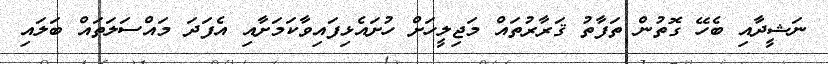
ނަޝީދާއި ބެހޭ ގޮތުން ތަފާތު ޤަރާރުތައް މަޖިލީހަށް ހުށައެޅިފައިވާކަމަށާއި އެފަދަ މައްސަލަތައް ބަލައި